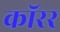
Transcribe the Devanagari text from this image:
कॉरर